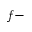
f -